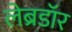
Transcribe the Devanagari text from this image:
लेब्रडॉर